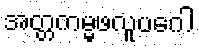
အတ္တကမ္မဖလူပဂေါ